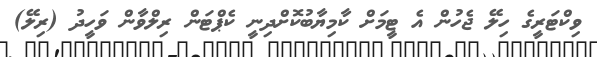
ވިކްޓަރީގެ ހިލޭ ޖެހުން އެ ޓީމަށް ކާމިޔާބުކޮށްދިނީ ކެޕްޓަން ރިލްވާން ވަހީދު (ރިލޭ)